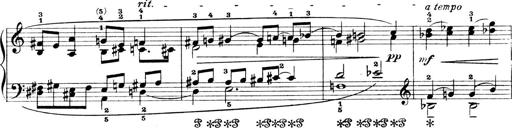
Title: 4 Sonatines
Composer: Max Reger